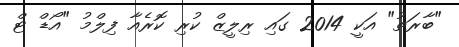
"ބާރަތު" އަކީ 2014 ގައި ރިލީޒް ކުރި ކޮރެއާ ފިލްމު "އޯޑް ޓް